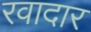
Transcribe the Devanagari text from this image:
रवादार